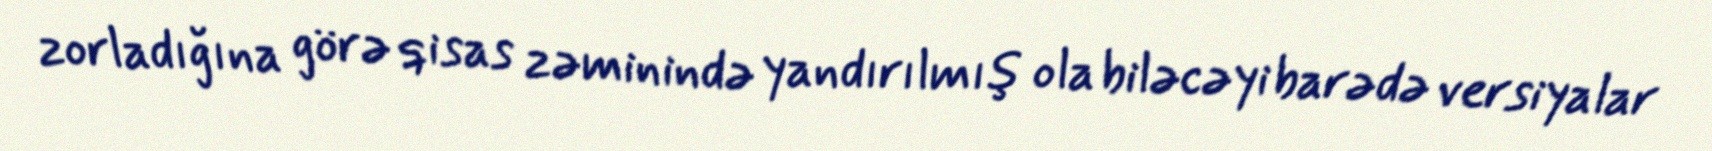
zorladığına görə qisas zəminində yandırılmış ola biləcəyi barədə versiyalar